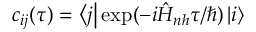
c _ { i j } ( \tau ) = \ensuremath { \left\langle j \right| } \mathrm { e x p } ( - i \hat { H } _ { n h } \tau / \hbar ) \ensuremath { \left| i \right\rangle }